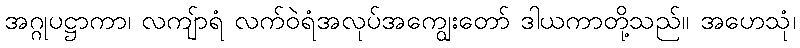
အဂ္ဂုပဋ္ဌာကာ၊ လကျ်ာရံ လက်ဝဲရံအလုပ်အကျွေးတော် ဒါယကာတို့သည်။ အဟေသုံ၊